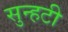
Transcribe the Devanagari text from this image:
सुन्हटी